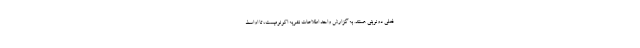
فعلی دونوبتی هستند. به گزارش واحد اطلاعات نشریه اکونومیست، تا اواسط